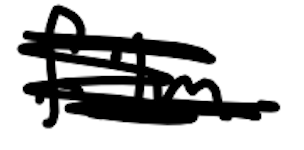
Text: film
Cross-out: scratch
Writing tool: digital_black